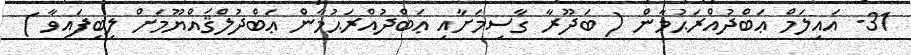
31- އައިލަމް ޢަބްދުއްރަޙުމާން ( ބަދޫރާ ގާސިމަށާއި ޢަބްދުއްރަޙުމާން ޢަބްދުލްޤައްޔޫމަށް ލިބިފައިވާ )